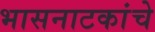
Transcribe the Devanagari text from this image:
भासनाटकांचे